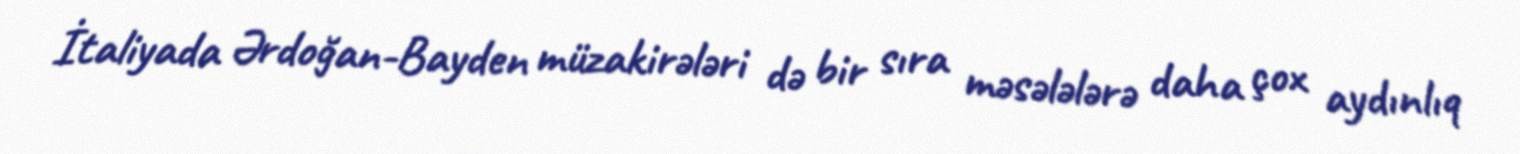
İtaliyada Ərdoğan-Bayden müzakirələri də bir sıra məsələlərə daha çox aydınlıq